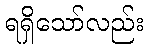
ရရှိသော်လည်း